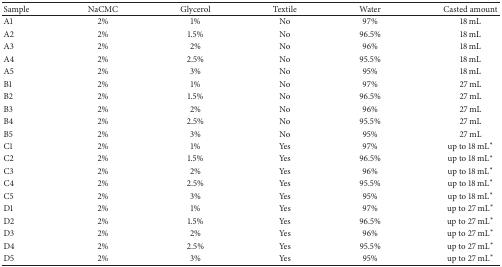
<table><thead><tr><td><b>Sample</b></td><td><b>NaCMC</b></td><td><b>Glycerol</b></td><td><b>Textile</b></td><td><b>Water</b></td><td><b>Casted amount </b></td></tr></thead><tbody><tr><td>A1</td><td>2%</td><td>1%</td><td>No</td><td>97%</td><td>18 mL</td></tr><tr><td>A2</td><td>2%</td><td>1.5%</td><td>No</td><td>96.5%</td><td>18 mL</td></tr><tr><td>A3</td><td>2%</td><td>2%</td><td>No</td><td>96%</td><td>18 mL</td></tr><tr><td>A4</td><td>2%</td><td>2.5%</td><td>No</td><td>95.5%</td><td>18 mL</td></tr><tr><td>A5</td><td>2%</td><td>3%</td><td>No</td><td>95%</td><td>18 mL</td></tr><tr><td>B1</td><td>2%</td><td>1%</td><td>No</td><td>97%</td><td>27 mL</td></tr><tr><td>B2</td><td>2%</td><td>1.5%</td><td>No</td><td>96.5%</td><td>27 mL</td></tr><tr><td>B3</td><td>2%</td><td>2%</td><td>No</td><td>96%</td><td>27 mL</td></tr><tr><td>B4</td><td>2%</td><td>2.5%</td><td>No</td><td>95.5%</td><td>27 mL</td></tr><tr><td>B5</td><td>2%</td><td>3%</td><td>No</td><td>95%</td><td>27 mL</td></tr><tr><td>C1</td><td>2%</td><td>1%</td><td>Yes</td><td>97%</td><td>up to 18 mL∗</td></tr><tr><td>C2</td><td>2%</td><td>1.5%</td><td>Yes</td><td>96.5%</td><td>up to 18 mL∗</td></tr><tr><td>C3</td><td>2%</td><td>2%</td><td>Yes</td><td>96%</td><td>up to 18 mL∗</td></tr><tr><td>C4</td><td>2%</td><td>2.5%</td><td>Yes</td><td>95.5%</td><td>up to 18 mL∗</td></tr><tr><td>C5</td><td>2%</td><td>3%</td><td>Yes</td><td>95%</td><td>up to 18 mL∗</td></tr><tr><td>D1</td><td>2%</td><td>1%</td><td>Yes</td><td>97%</td><td>up to 27 mL∗</td></tr><tr><td>D2</td><td>2%</td><td>1.5%</td><td>Yes</td><td>96.5%</td><td>up to 27 mL∗</td></tr><tr><td>D3</td><td>2%</td><td>2%</td><td>Yes</td><td>96%</td><td>up to 27 mL∗</td></tr><tr><td>D4</td><td>2%</td><td>2.5%</td><td>Yes</td><td>95.5%</td><td>up to 27 mL∗</td></tr><tr><td>D5</td><td>2%</td><td>3%</td><td>Yes</td><td>95%</td><td>up to 27 mL∗</td></tr></tbody></table>